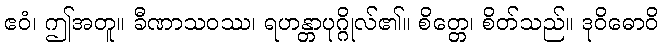
ဧဝံ၊ ဤအတူ။ ခီဏာသဝဿ၊ ရဟန္တာပုဂ္ဂိုလ်၏။ စိတ္တေ၊ စိတ်သည်။ ဒုဝိဓောဝိ